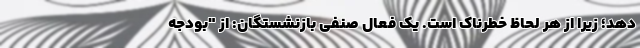
دهد؛ زیرا از هر لحاظ خطرناک است. یک فعال صنفی بازنشستگان: از "بودجه